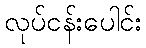
လုပ်ငန်းပေါင်း